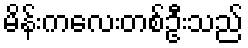
မိန်းကလေးတစ်ဦးသည်